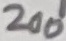
Text: 200